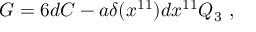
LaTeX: G = 6 d C - a \delta ( x ^ { 1 1 } ) d x ^ { 1 1 } Q _ { 3 } \ ,